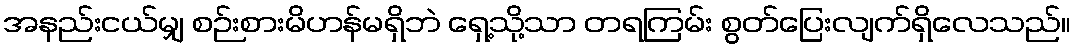
အနည်းငယ်မျှ စဉ်းစားမိဟန်မရှိဘဲ ရှေ့သို့သာ တရကြမ်း စွတ်ပြေးလျက်ရှိလေသည်။